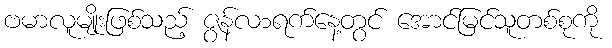
ဗမာလူမျိုးဖြစ်သည့် ဇွန်လ၁ရက်နေ့တွင် အောင်မြင်သူတစ်စုကို